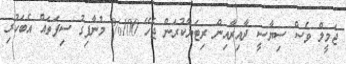
ޖަމީލް ވެސް ސިޔާސީ ދާއިރާއިން ރިޓަޔާކުރަން ޖެހޭ 100% މުނާފިގު ސިފަތައް އެބަހުރި